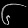
Digit: ၆